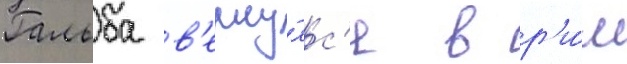
Гальба в'ерну́лс'я в р'и́м